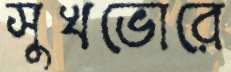
সুখভোরে